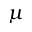
\mu